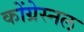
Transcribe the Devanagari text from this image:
कोंग्रेस्नल